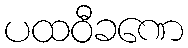
ပထဝီခဏေ